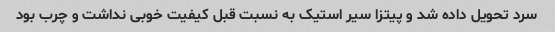
سرد تحویل داده شد و پیتزا سیر استیک به نسبت قبل کیفیت خوبی نداشت و چرب بود